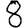
Digit: 8